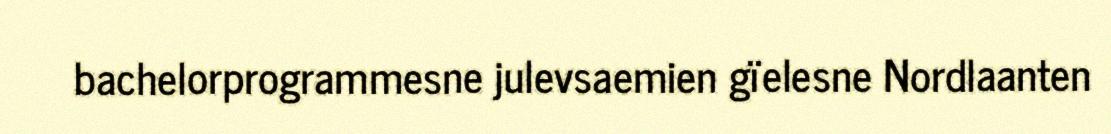
bachelorprogrammesne julevsaemien gïelesne Nordlaanten